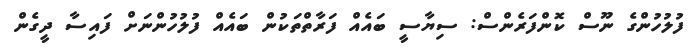
ފުލުހުންގެ ނޫސް ކޮންފަރެންސް: ސިޔާސީ ބައެއް ފަރާތްތަކުން ބައެއް ފުލުހުންނަށް ފައިސާ ދީގެން